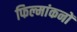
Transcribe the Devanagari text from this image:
फिल्मांकनों